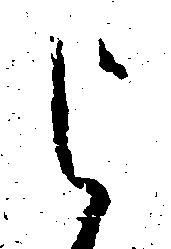
よ